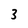
Character: 3